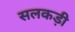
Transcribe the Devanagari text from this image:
सलकड़ी